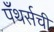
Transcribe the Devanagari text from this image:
पँथर्सची